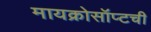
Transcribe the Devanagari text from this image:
मायक्रोसॉप्टची